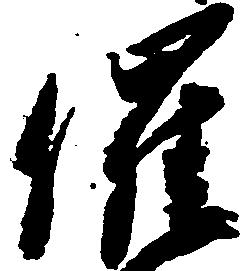
催